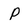
Character: p